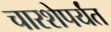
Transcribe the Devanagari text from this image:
चारशेपर्यंत